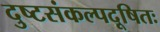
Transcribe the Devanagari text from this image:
दुष्टसंकल्पदूषितः